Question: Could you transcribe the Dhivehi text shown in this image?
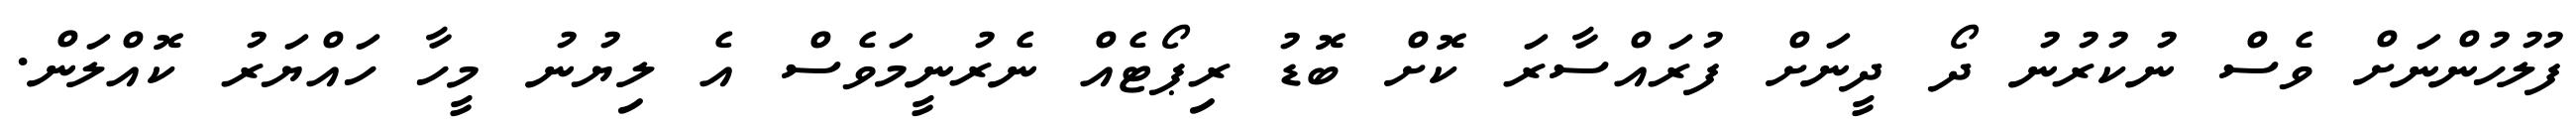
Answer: ފުލުހުންނަށް ވެސް ނުކުރުނު ދޯ ދީނަށް ފުރައްސާރަ ކޮށް ބޮޑު ރިޕޯޓެއް ނެރުނީމަވެސް އެ ލިޔުނު މީހާ ހައްޔަރު ކޮއްލަން.